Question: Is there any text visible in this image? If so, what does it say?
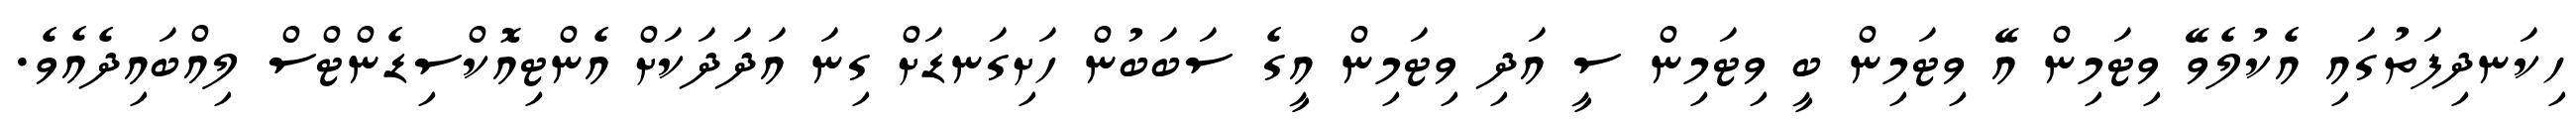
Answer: ހިކަނދިފަތުގައި އެކުލެވޭ ވިޓަމިން އޭ ވިޓަމިން ބީ ވިޓަމިން ސީ އަދި ވިޓަމިން އީގެ ސަބަބުން ހަށިގަނޑަށް ގިނަ އަދަދަކަށް އެންޓިއޮކްސިޑެންޓްސް ލިއްބައިދެއެވެ.